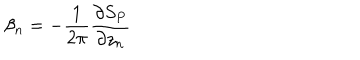
\beta _ { n } = - \frac { 1 } { 2 \pi } \frac { \partial S _ { P } } { \partial z _ { n } }